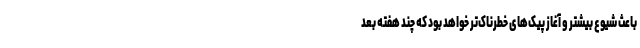
باعث شیوع بیشتر و آغاز پیک‌های خطرناک‌تر خواهد بود که چند هفته بعد